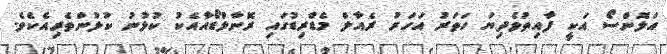
އަލޮންސޯ އަކީ ފާއިތުވެދިޔަ ހަތަރު އަހަރު ރެއާލް މެޑްރިޑުގައި ރޮނާލްޑޯއާއެކު ކުޅުނު ކުޅުންތެރިއެކެވެ.